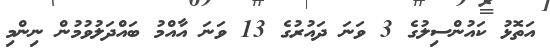
އަތޮޅު ކައުންސިލުގެ 3 ވަނަ ދައުރުގެ 13 ވަނަ އާއްމު ބައްދަލުވުމުން ނިންމި